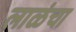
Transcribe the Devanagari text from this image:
लाळंचा